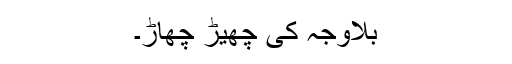
بلاوجہ کی چھیڑ چھاڑ۔